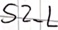
Text: S2_L